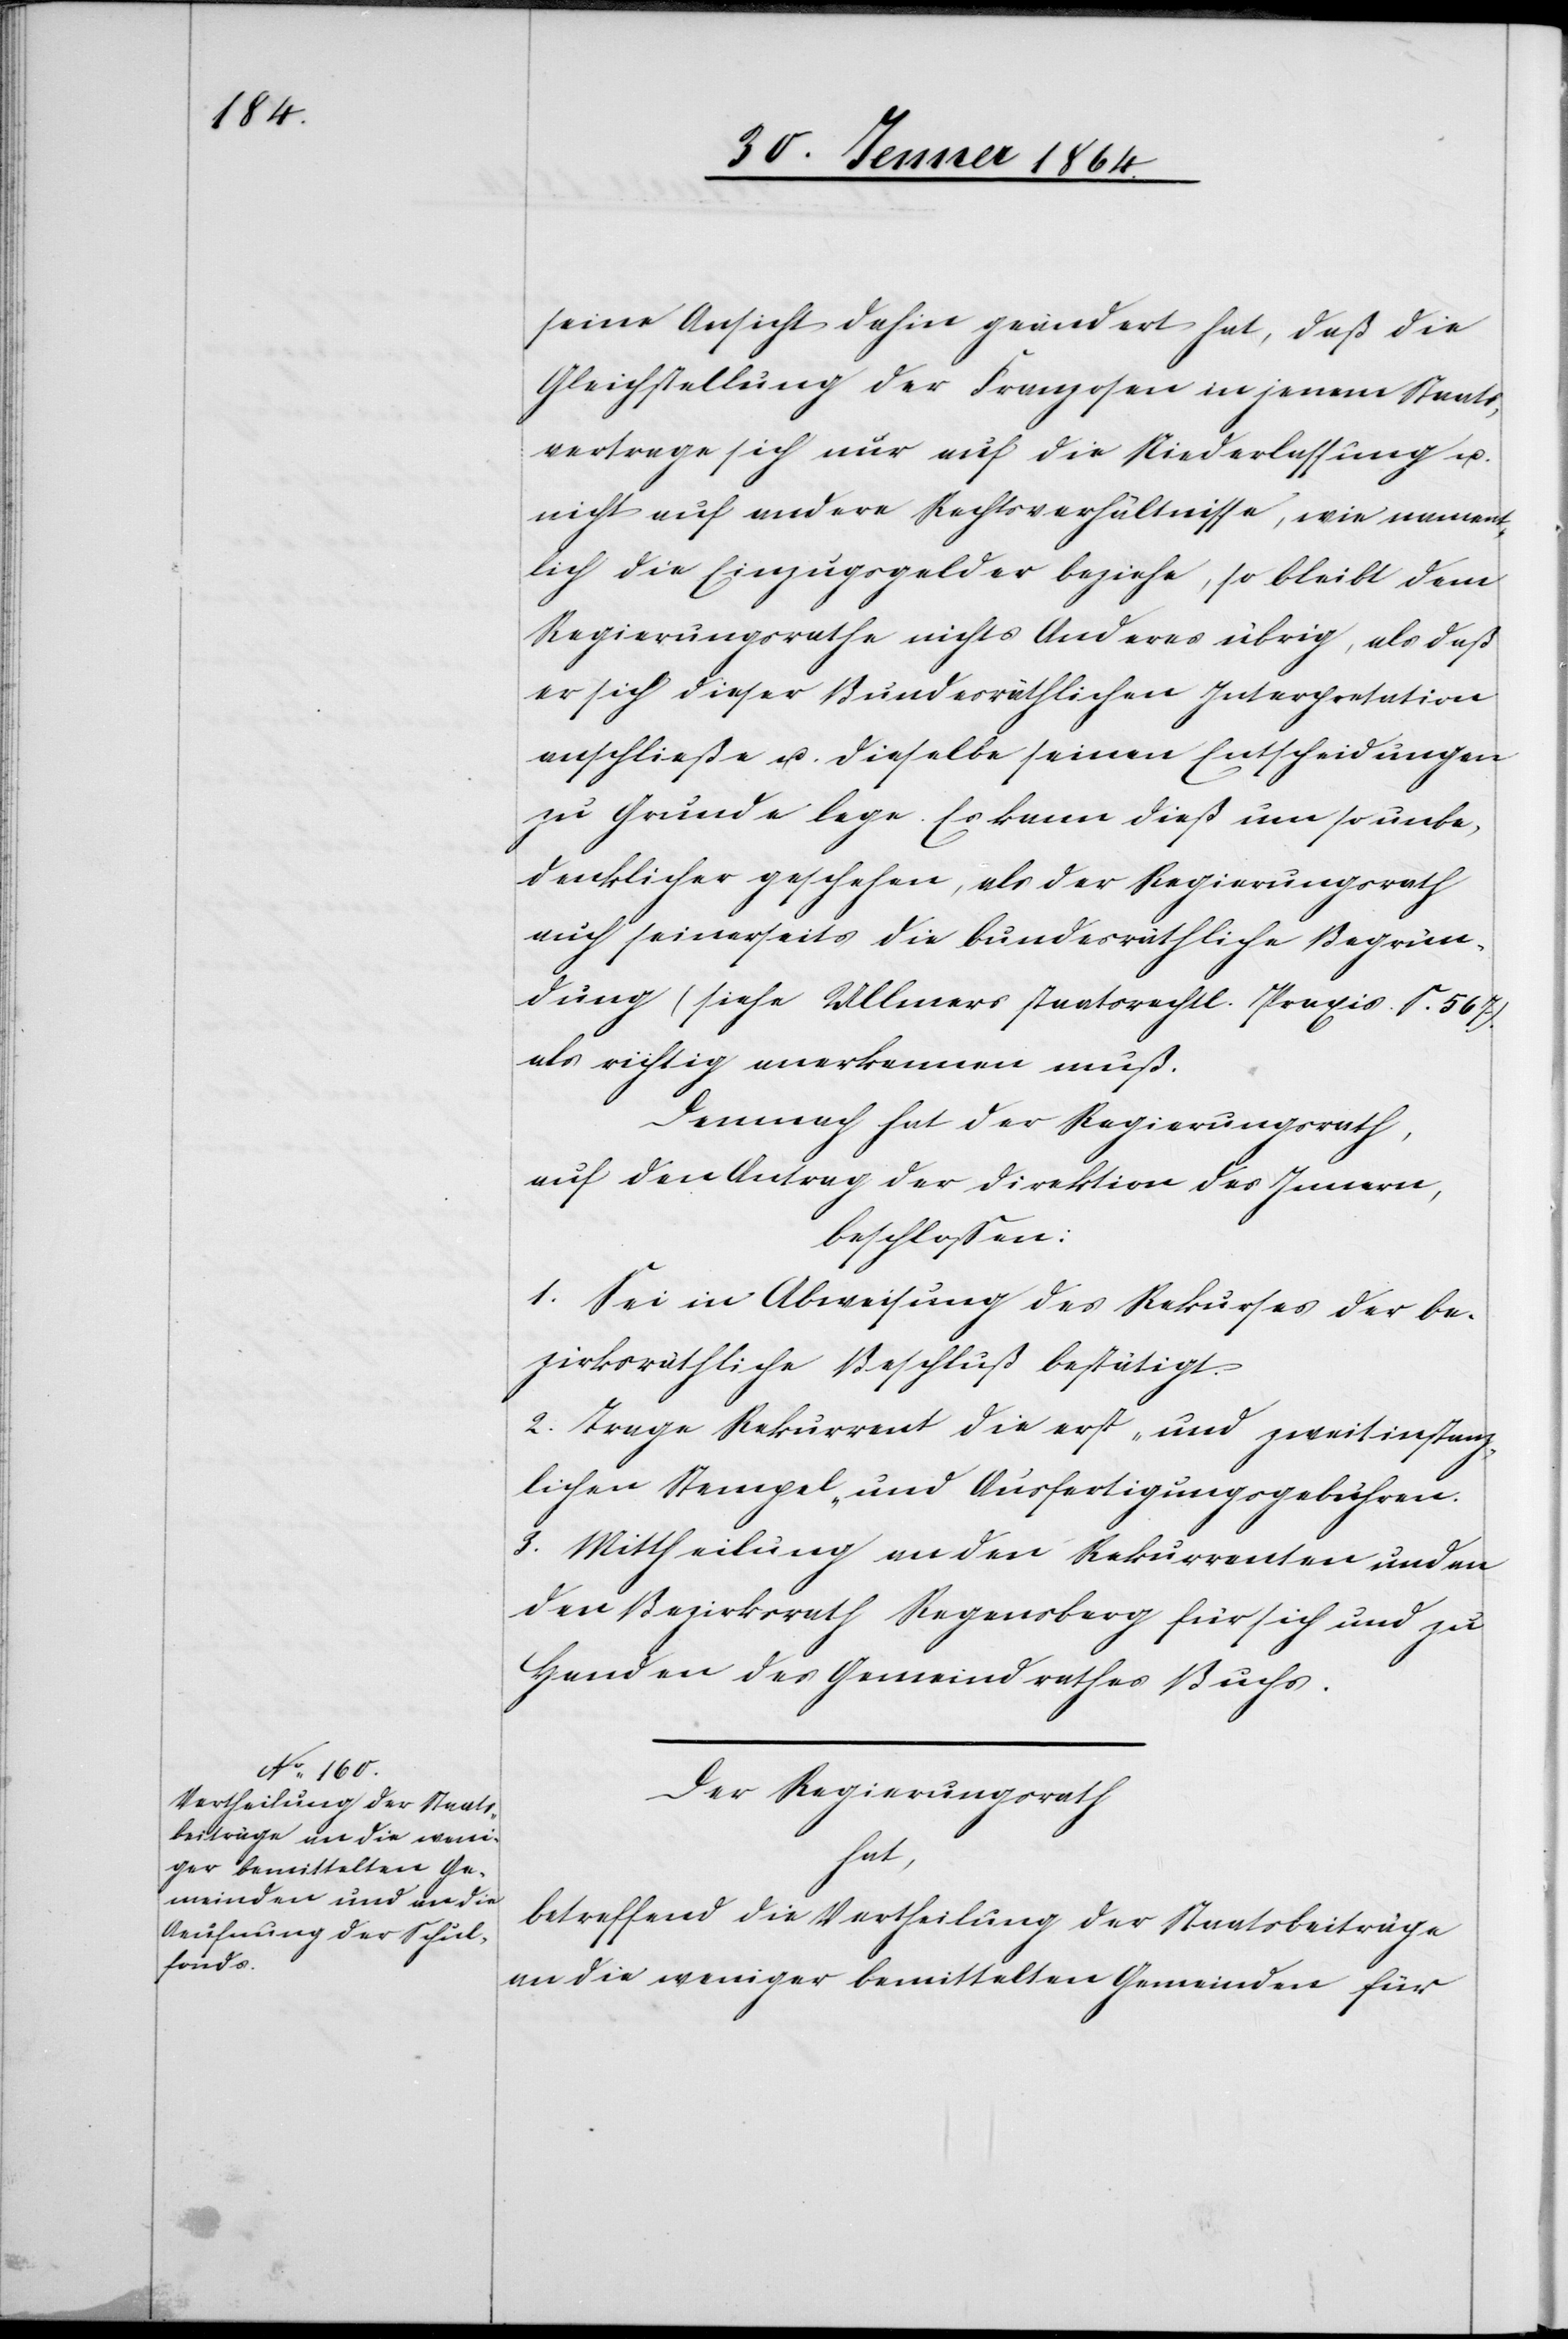
seine Ansicht dahin geändert hat, daß die
Gleichstellung der Franzosen in jenem Staats¬
vertrage sich nur auf die Niederlassung u.
nicht auf andere Rechtsverhältnisse, wie namen¬
tlich die Einzugsgelder beziehe, so bleibt dem
Regierungsrathe nichts Anderes übrig, als daß
er sich dieser Bundesräthlichen Interpretation
anschließe u. dieselbe seinen Entscheidungen
zu Grunde lege. Es kann dieß um so unbe¬
dencklicher geschehen, als der Regierungsrath
auch seinerseits die bundesräthliche Begrün¬
dung (siehe Ullmers staatsrechtl. Praxis. S. 567).
als richtig anerkennen muß.
Demnach hat der Regierungsrath,
auf den Antrag der Direktion des Innern,
beschlossen:
1. Sei in Abweisung des Rekurses der be¬
zirksräthliche Beschluß bestätigt.
2. Trage Rekurrent die erst- und zweitinstanz¬
lichen Stempel- und Ausfertigungsgebühren.
3. Mittheilung an den Rekurrenten und an
den Bezirksrath Regensberg für sich und zu
Handen des Gemeindrathes Buchs.
Der Regierungsrath
hat,
betreffend die Vertheilung der Staatsbeiträge
an die weniger bemittelten Gemeinden für